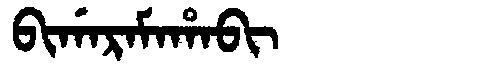
Manchu: ᠪᡳᡤᠠᡵᠠᠮᠠᡥᠠᠪᡳ
Romanization: BIGARAMAHABI